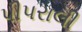
પીપરાલી